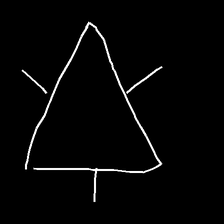
Glyph: fire